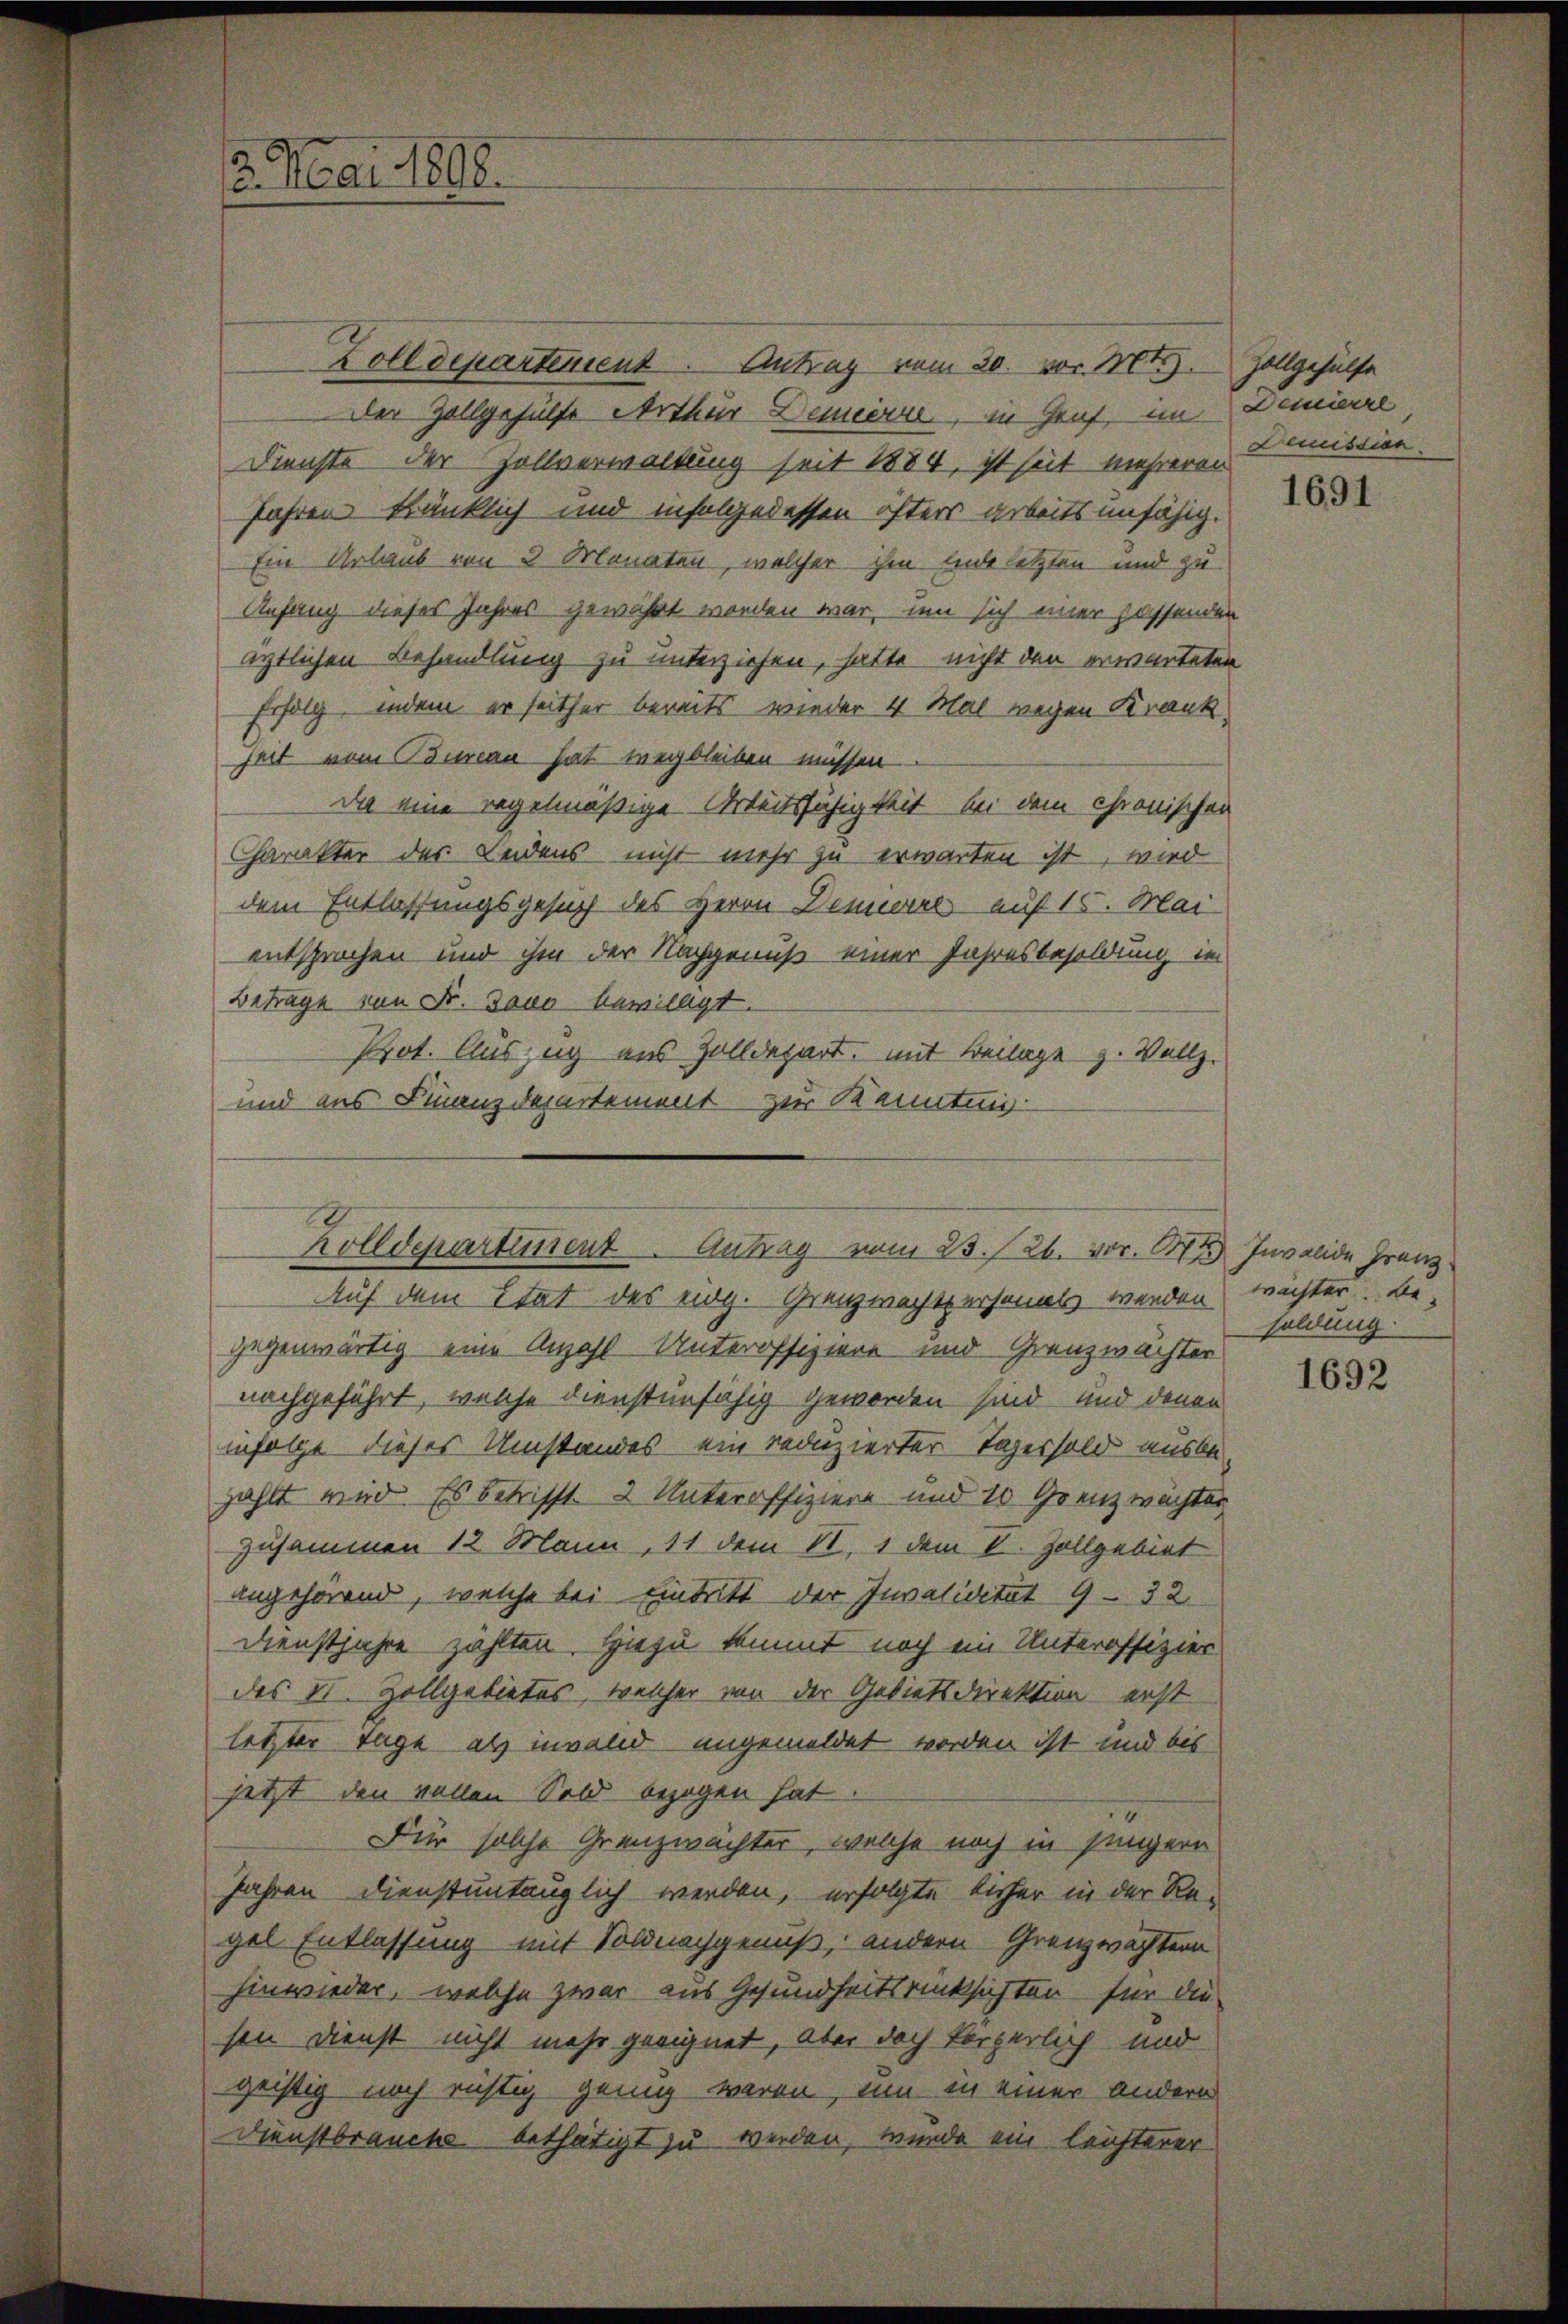
2. Mai 1898.

Zolldepartement. Antrag vom 20. vor. Mts.
Der Zollgehülfe Arthur Demierre, in Genf, im
Dienste der Zollverwaltung seit 1884, ist seit mehreren
Jahren kränklich und infolgedessen öfters arbeitsunfähig.
Ein Urlaub von 3 Monaten, welcher ihm eine letzten und zu
Anfang dieses Jahres gewährt worden war, um sich einer passenden
ärtlichen Behandlung zu unterziehen, hatte nicht den erwarteten
Erfolg, indem er seither bereits wieder 4 Mal wegen Krank
heit vom Bureau hat wegbleiben müssen.
Da eine regelmäßige Arbeitsfähigkeit bei dem chronischen
Charakter der Leidens nicht mehr zu erwarten ist, wird
dem Entlassungsgesuch des Herrn Deneral - auf 15. Mai
entsprechen und ihm der Nachgenuß einer Jahresbesoldung im
Betrage von Fr. Tous bewilligt.
Prot. Auszug aus Zolldepart, mit Beilage z. Vollz
und aus Finanzdepartement zur Kenntnis
gegenwärtig eine Anzahl-Unteroffiziere und Grenzwächter
nachgeführt, welche dienstunfähig geworden sind und denen
infolge dieses Umstandes ein reduzierter Tagersold ausbezahlt wird. Es betrifft. 2 Unteroffiziere und 10 Grenzwachter
zusammen 12 Mann, 11 dem VI. 1 dem V. Zollgebiet
angehörend, welche bei Eintritt der Invalidität 9-32
Dienstjahre zahlten. Hiezu kommt noch ein Unteroffizier
des II. Zollgebietes, welcher von der Gebietsdirektion erst
letzter Tage als iwald angemeldet worden ist und bis
jetzt den vollen Sold bezogen hat
Für solche Grenzwächter, welche noch in jüngern
Jahren dienstuntauglich werden, erfolgte bisher in der Re-
gel Entlassung mit Soldnachgenuß, andern Grenzwächtern
hinwieder, welche zwar aus Gesundheitsrücksichten für die
sen Dienst nicht mehr geeignet, aber doch körperlich und
geistig noch richtig genug waren, um in einer andern
Dienstbrauche bethätigt zu werden, wurde ein leichterer

Rolldepartiment. Antrag vom 23./26. vor. 174) Invalide Franz
Auf dem Etat des eing. Grenzwachtpersonals werden wichter. Be-

Zollgehülfe
Demierre
Demission.

1691

soldung

1692